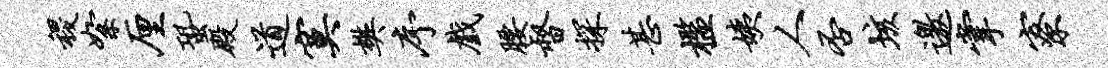
稷絮厘蛩殿道寞樊序戏腰督探甚槛姨人否垓邀掌寮